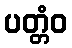
ပတ္တံဝ